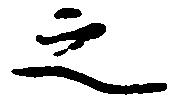
之